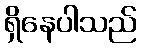
ရှိနေပါသည်